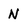
Character: N